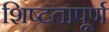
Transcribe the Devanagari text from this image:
शिष्टतापूर्ण